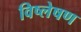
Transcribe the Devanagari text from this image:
विष्‍लेषण